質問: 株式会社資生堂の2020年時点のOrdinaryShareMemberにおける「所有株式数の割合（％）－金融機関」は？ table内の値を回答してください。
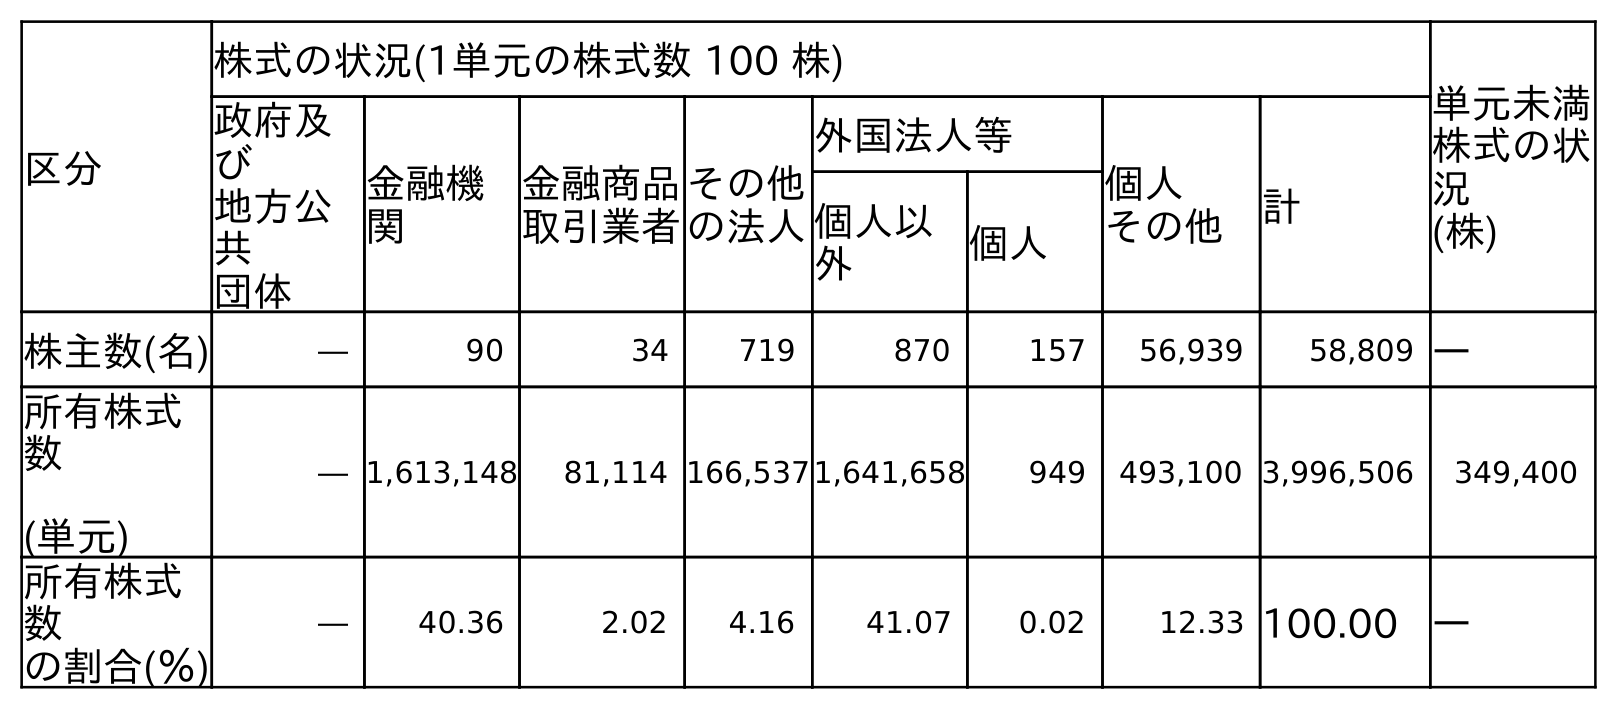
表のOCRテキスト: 区分 株式の状況(1単元の株式数 100 株) 単元未満 株式の状 況 (株) 政府及 び 地方公 共 団体 金融機 関 金融商品 取引業者 その他 の法人 外国法人等 個人 その他 計 個人以 外 個人 株主数(名) ― 90 34 719 870 157 56,939 58,809 ― 所有株式 数 (単元) ― 1,613,148 81,114 166,5371,641,658 949 493,100 3,996,506 349,400 所有株式 数 の割合(％) ― 40.36 2.02 4.16 41.07 0.02 12.33 100.00 ―
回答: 40.36